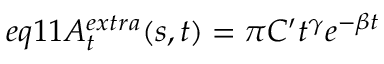
e q 1 1 A _ { t } ^ { e x t r a } ( s , t ) = \pi C ^ { \prime } t ^ { \gamma } e ^ { - \beta t }